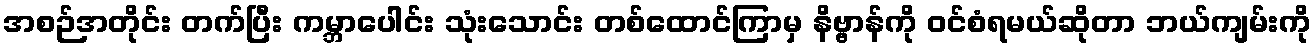
အစဉ်အတိုင်း တက်ပြီး ကမ္ဘာပေါင်း သုံးသောင်း တစ်ထောင်ကြာမှ နိဗ္ဗာန်ကို ဝင်စံရမယ်ဆိုတာ ဘယ်ကျမ်းကို